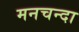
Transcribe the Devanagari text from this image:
मनचन्दा